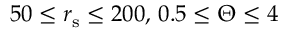
5 0 \leq { r } _ { \mathrm { s } } \leq 2 0 0 , \, 0 . 5 \leq \Theta \leq { 4 }